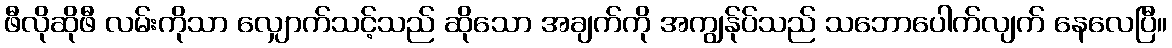
ဖီလိုဆိုဖီ လမ်းကိုသာ လျှောက်သင့်သည် ဆိုသော အချက်ကို အကျွန်ုပ်သည် သဘောပေါက်လျက် နေလေပြီ။